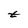
Character: t